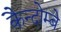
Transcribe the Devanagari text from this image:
कैन्दोम्बे